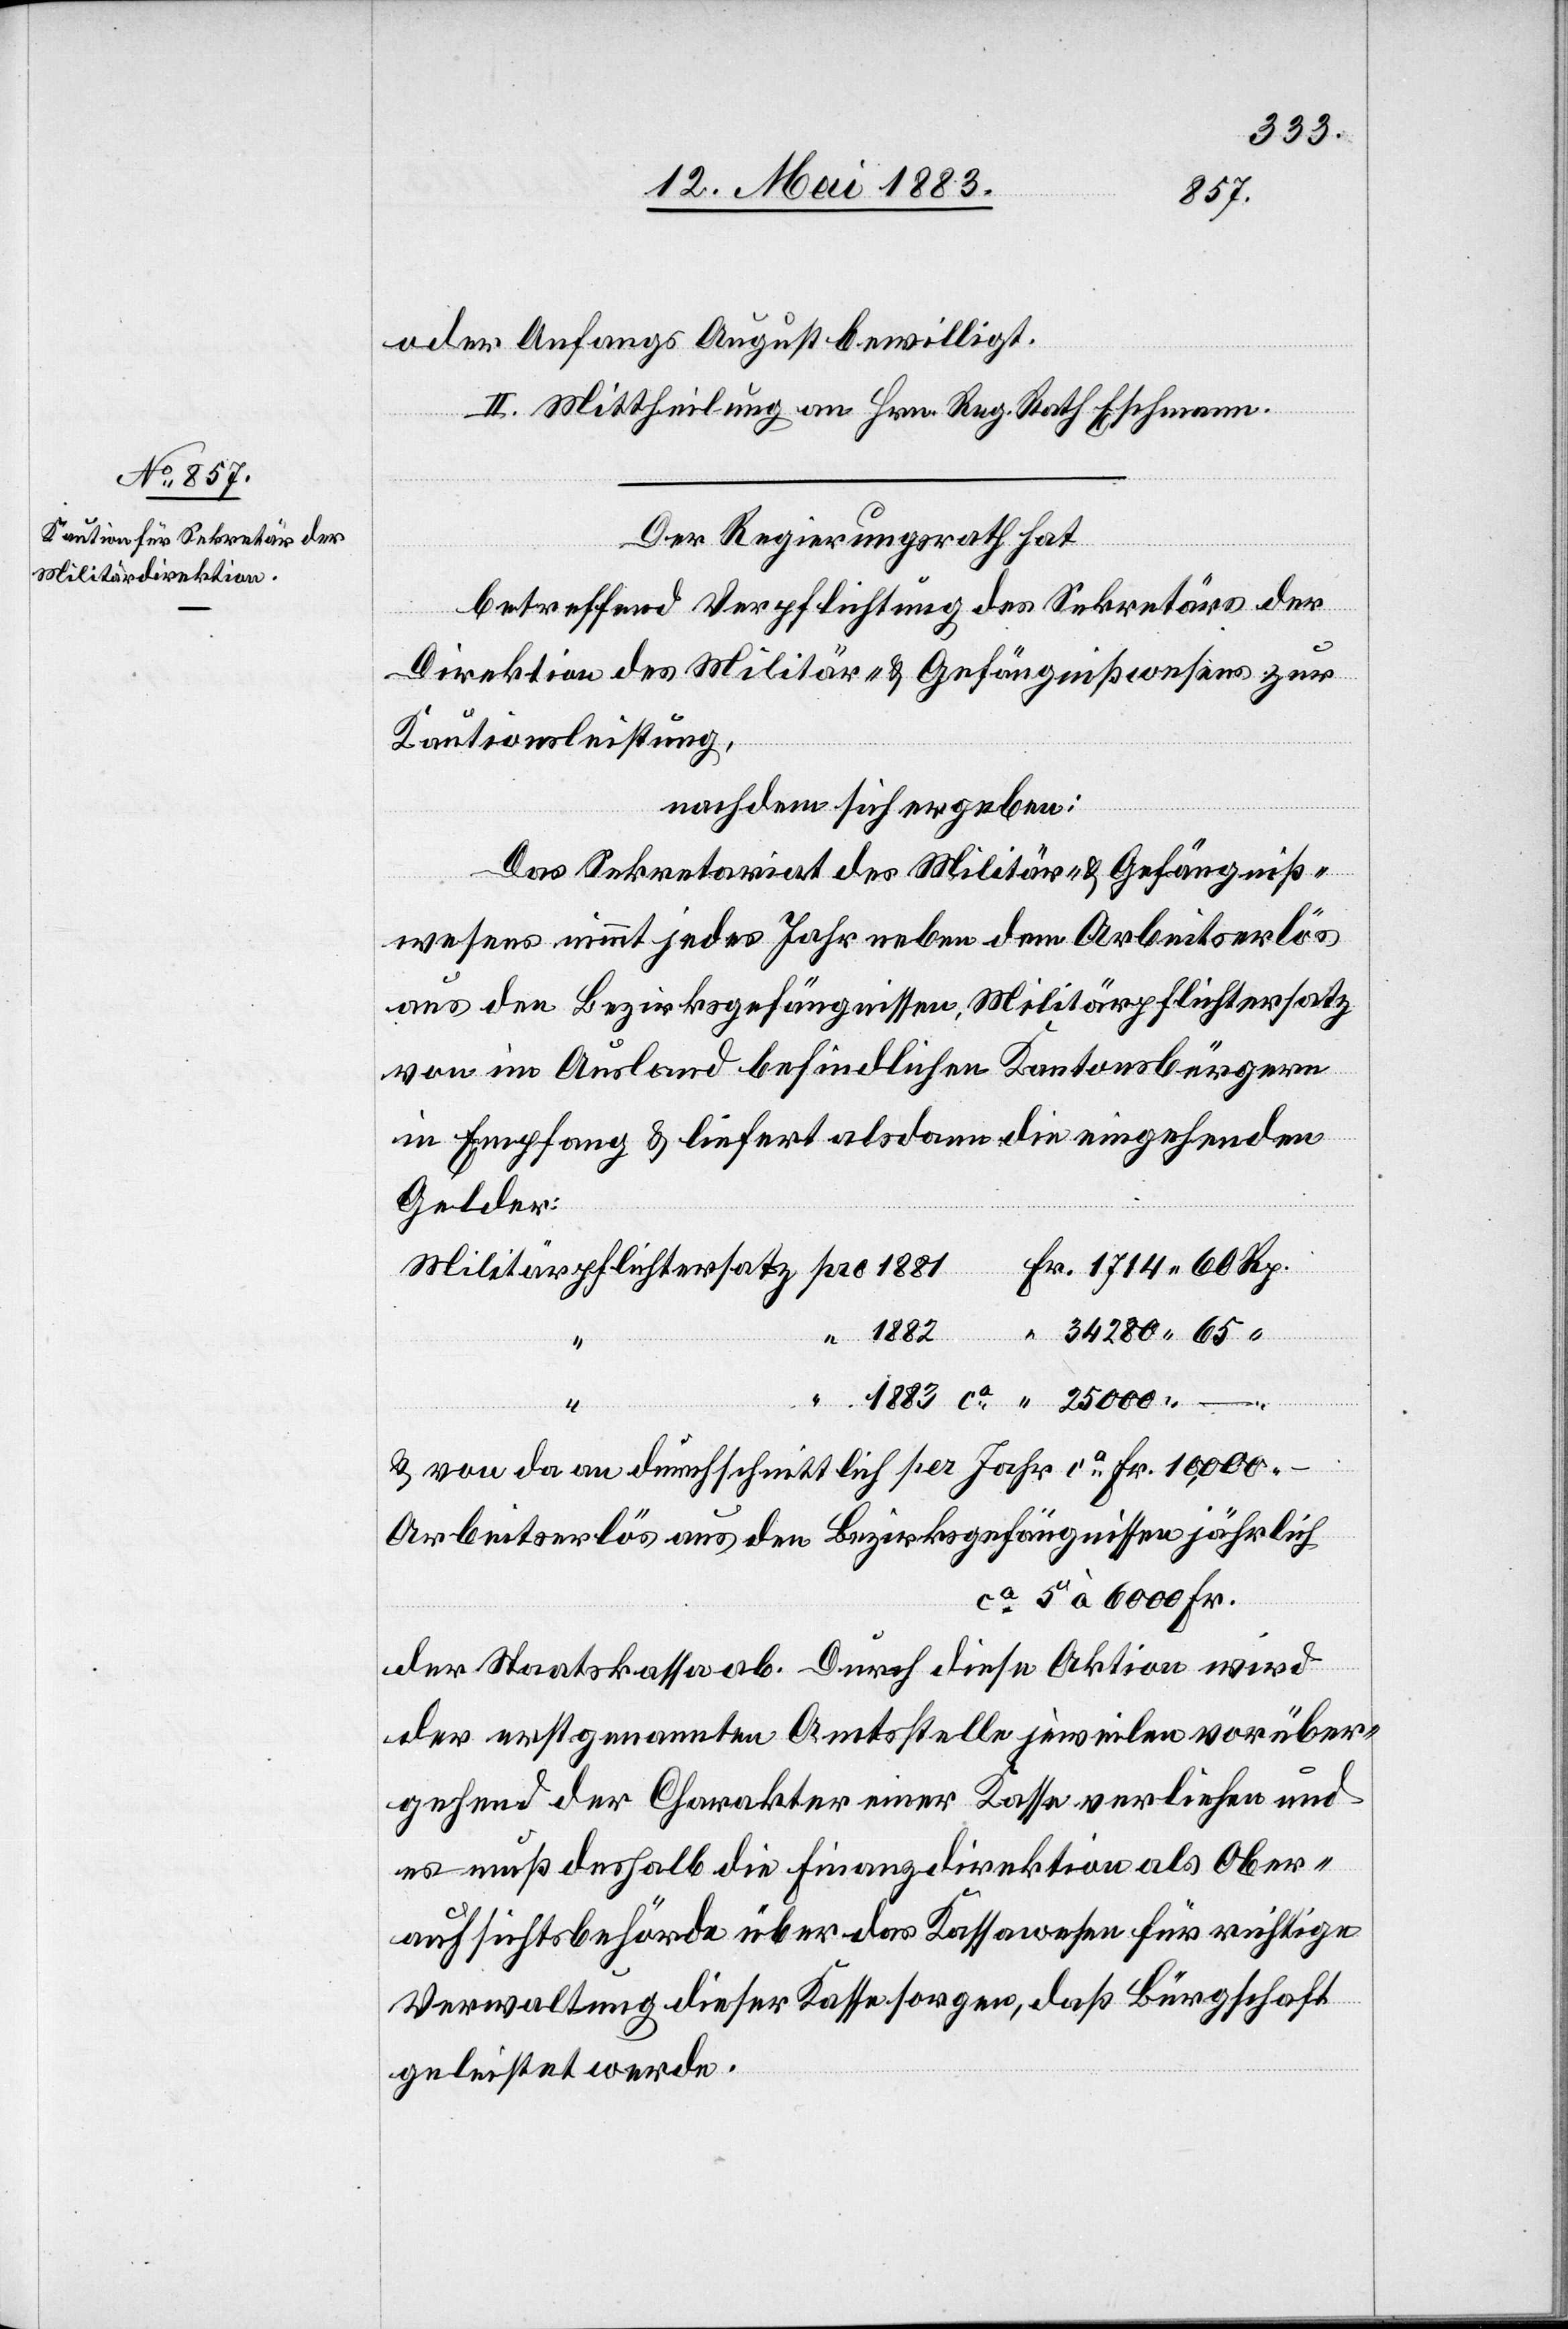
oder Anfangs August bewilligt.
II. Mittheilung an Hrn. Reg. Rath Eschmann.
Der Regierungsrath hat,
betreffend Verpflichtung des Sekretärs der
Direktion des Militär- & Gefängnißwesens zur
Kautionsleistung,
Rp.
nachdem sich ergeben:
Das Sekretariat des Militär- & Gefängniß¬
wesens nimmt jedes Jahr neben dem Arbeitserlös
aus den Bezirksgefängnissen, Militärpflichtersatz
von im Ausland befindlichen Kantonsbürgern
in Empfang & liefert alsdann die eingehenden
Gelder:
& von da an durchschnittlich per Jahr ca Fr. 10,000.–
Arbeitserlös aus den Bezirksgefängnissen jährlich
ca 5 à 6000 Fr.
der Staatskassa ab. Durch diese Aktion wird
der erstgenannten Amtsstelle jeweilen vorüber¬
gehend der Charakter einer Kasse verliehen und
es muß deshalb die Finanzdirektion als Ober¬
aufsichtsbehörde über das Kassawesen für richtige
Verwaltung dieser Kasse sorgen, daß Bürgschaft
geleistet werde.